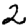
Digit: 2